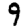
Digit: 9